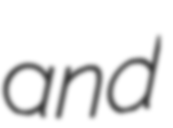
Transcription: and